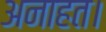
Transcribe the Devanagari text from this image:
अनाहत।